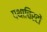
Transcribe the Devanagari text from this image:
पथाचिरटों